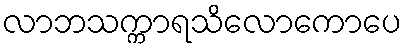
လာဘသက္ကာရသိလောကောပေ